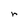
Character: r